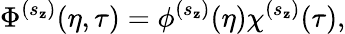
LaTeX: \Phi^{(s_{\mathbf{z}})}(\eta,\tau)=\phi^{(s_{\mathbf{z}})}(\eta)\chi^{(s_{\mathbf{z}})}(\tau),